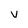
Character: V